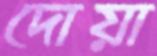
দোয়া